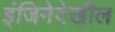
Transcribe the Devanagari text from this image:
इंजिनेदेखील